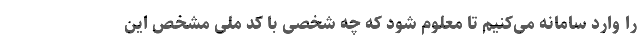
را وارد سامانه می‌کنیم تا معلوم شود که چه شخصی با کد ملی مشخص این